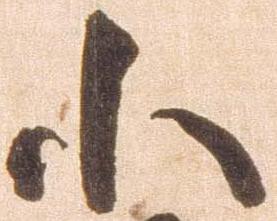
小